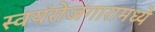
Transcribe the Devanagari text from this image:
स्वयंरोजगारामध्ये